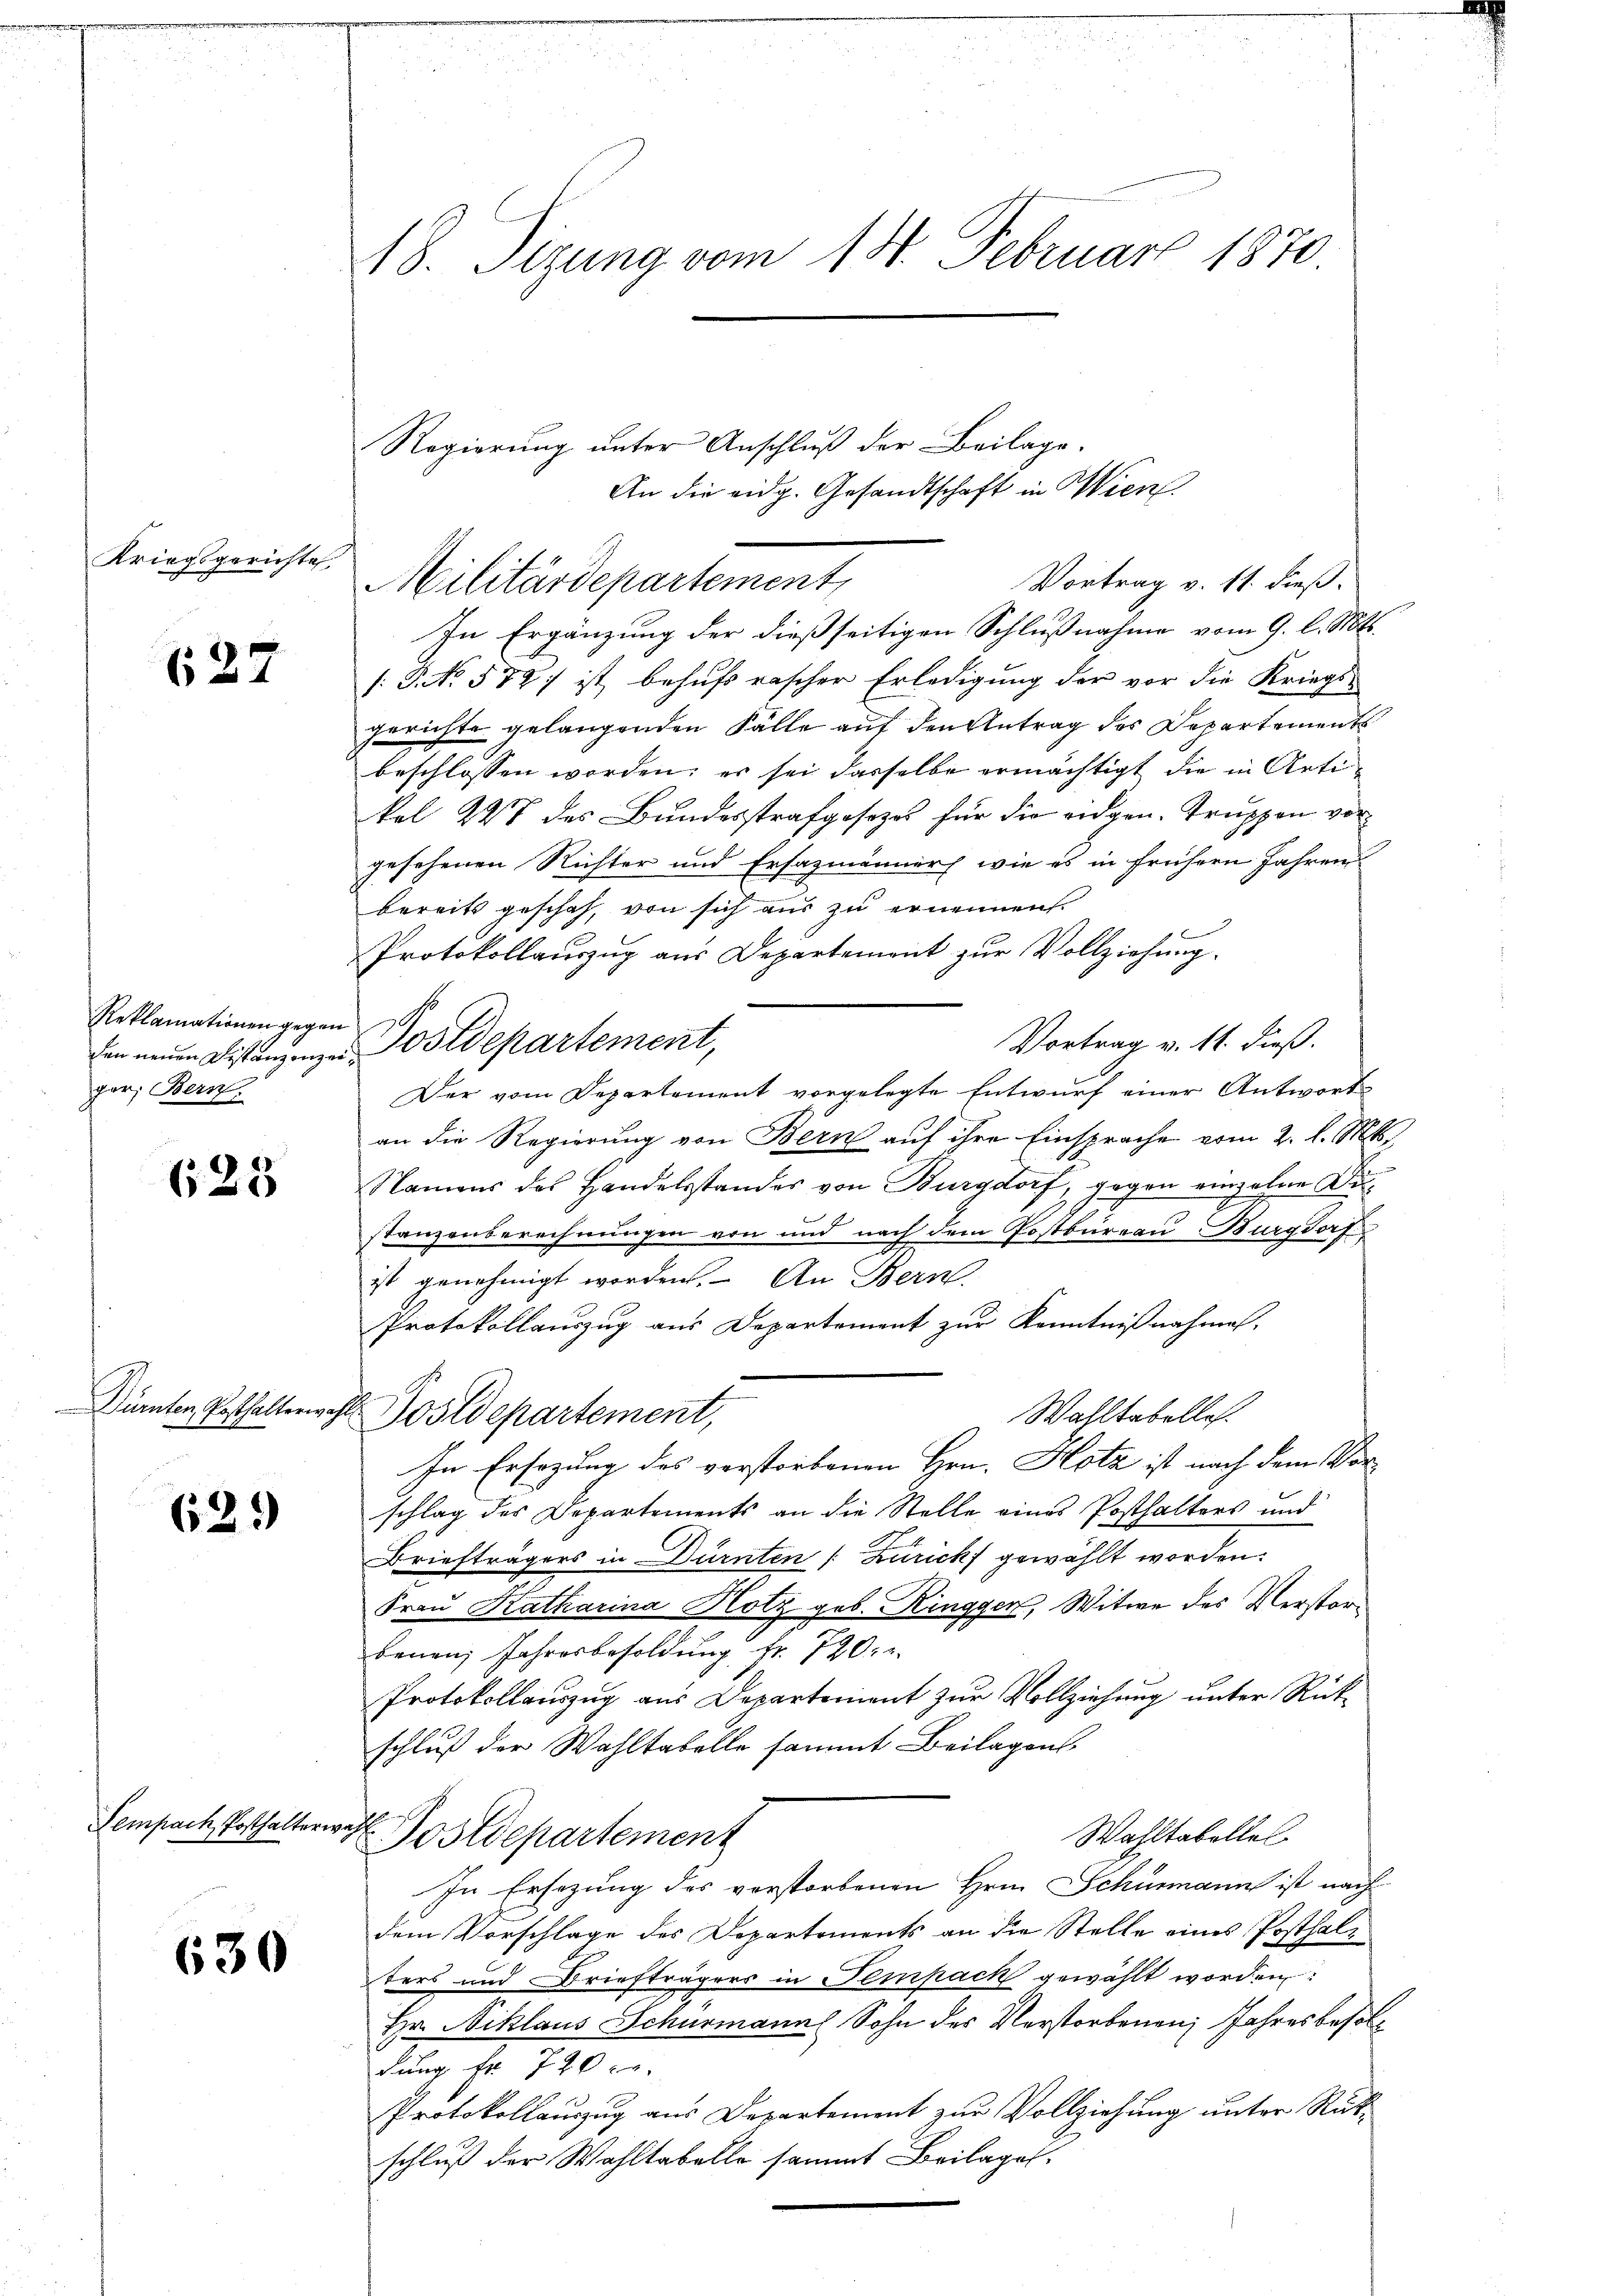
Kriegsgerichte

627

Reklamationen gegen
den neuen Distanzenze
gar, Bern.

623

629

Sempach, Posthalterwahl

630

18. Sizung vom 18. Februar 1870

Regierung unter Anschluß der Beilage.
An die eidg. Gesandtschaft in Wien.
Militärdepartement,

In Ergänzung der dießseitigen Schlußnahme vom 9. l. Mts.
[: P. No 579) ist behufs rascher Erledigung der vor die Kriegs-
gerichte gelangenden Fälle auf den Antrag des Departements
beschlossen worden; es sei dasselbe ermächtigt die in Artikel 227 des Bundesstrafgesezes für die eidgen. Truppen vor
gesehenen Richter und Ersazmänner wie es in frühern Jahren
bereits geschah, von sich aus zu ernennen.
Protokollauszug aus Departement zur Vollziehung.
Vortrag v. 11. dieß.
Postdepartement,
Der vom Departement vorgelegte Entwurf einer Antwort
an die Regierung von Bern auf ihre Einsprache vom 2. l. Mts.
Namens des Handelsstandes von Burgdorf, gegen einzelne Di¬
Tanzenberechnungen von und nach dem Postbureau Burgdorf
ist genehmigt worden. An Bern.
Protokollauszug aus Departement zur Kenntnißnahme.
Dürnten Posthalterwahl Postdepartement,
Wahltabellos.
In Ersezung des verstorbenen Hrn. Hotz ist nach dem Vorschlag des Departements an die Stelle eines Posthalters und
Briefträgers in Dürnten [Zurick gewählt worden.
Frau Katharina Hotz geb. Ringger, Witwe des Verstanbenen Jahresbesoldung fr. 720.
Protokollauszug aus Departement zur Vollziehung unter Rückschluß der Wahltabelle sammt Beilagens
Wahltabelles
Postdepartement
In Ersezung des verstorbenen Hrn. Schumann ist nach
dem Vorschlage des Departements an die Stelle eines Posthalters und Briefträgers in Tempack gewählt worden:
Hr. Niklaus Schurmann Sohn des Verstorbenen Jahresbesoldung fr. 720 c.
Protokollauszug aus Departement zur Vollziehung unter Rükschluß der Wahltabelle sammt Beilages.

Vortrag v. 11. dieß.